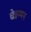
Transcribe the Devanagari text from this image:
चेन्नय्यन